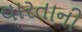
વારતાની